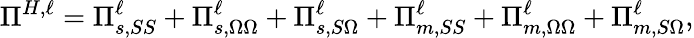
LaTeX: \Pi^{H,\ell}=\Pi_{s,SS}^{\ell}+\Pi_{s,\Omega\Omega}^{\ell}+\Pi_{s,S\Omega}^{\ell}+\Pi_{m,SS}^{\ell}+\Pi_{m,\Omega\Omega}^{\ell}+\Pi_{m,S\Omega}^{\ell},